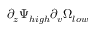
\partial _ { z } \Psi _ { h i g h } \partial _ { v } \Omega _ { l o w }